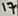
Text: 17